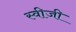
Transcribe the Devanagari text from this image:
स्वीजी